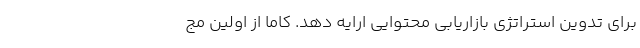
برای تدوین استراتژی بازاریابی محتوایی ارایه دهد. کاما از اولین مج